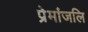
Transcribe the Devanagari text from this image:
प्रेमांजलि